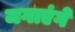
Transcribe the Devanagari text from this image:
जगाएंगे